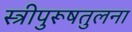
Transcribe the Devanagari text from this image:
स्त्रीपुरूषतुलना